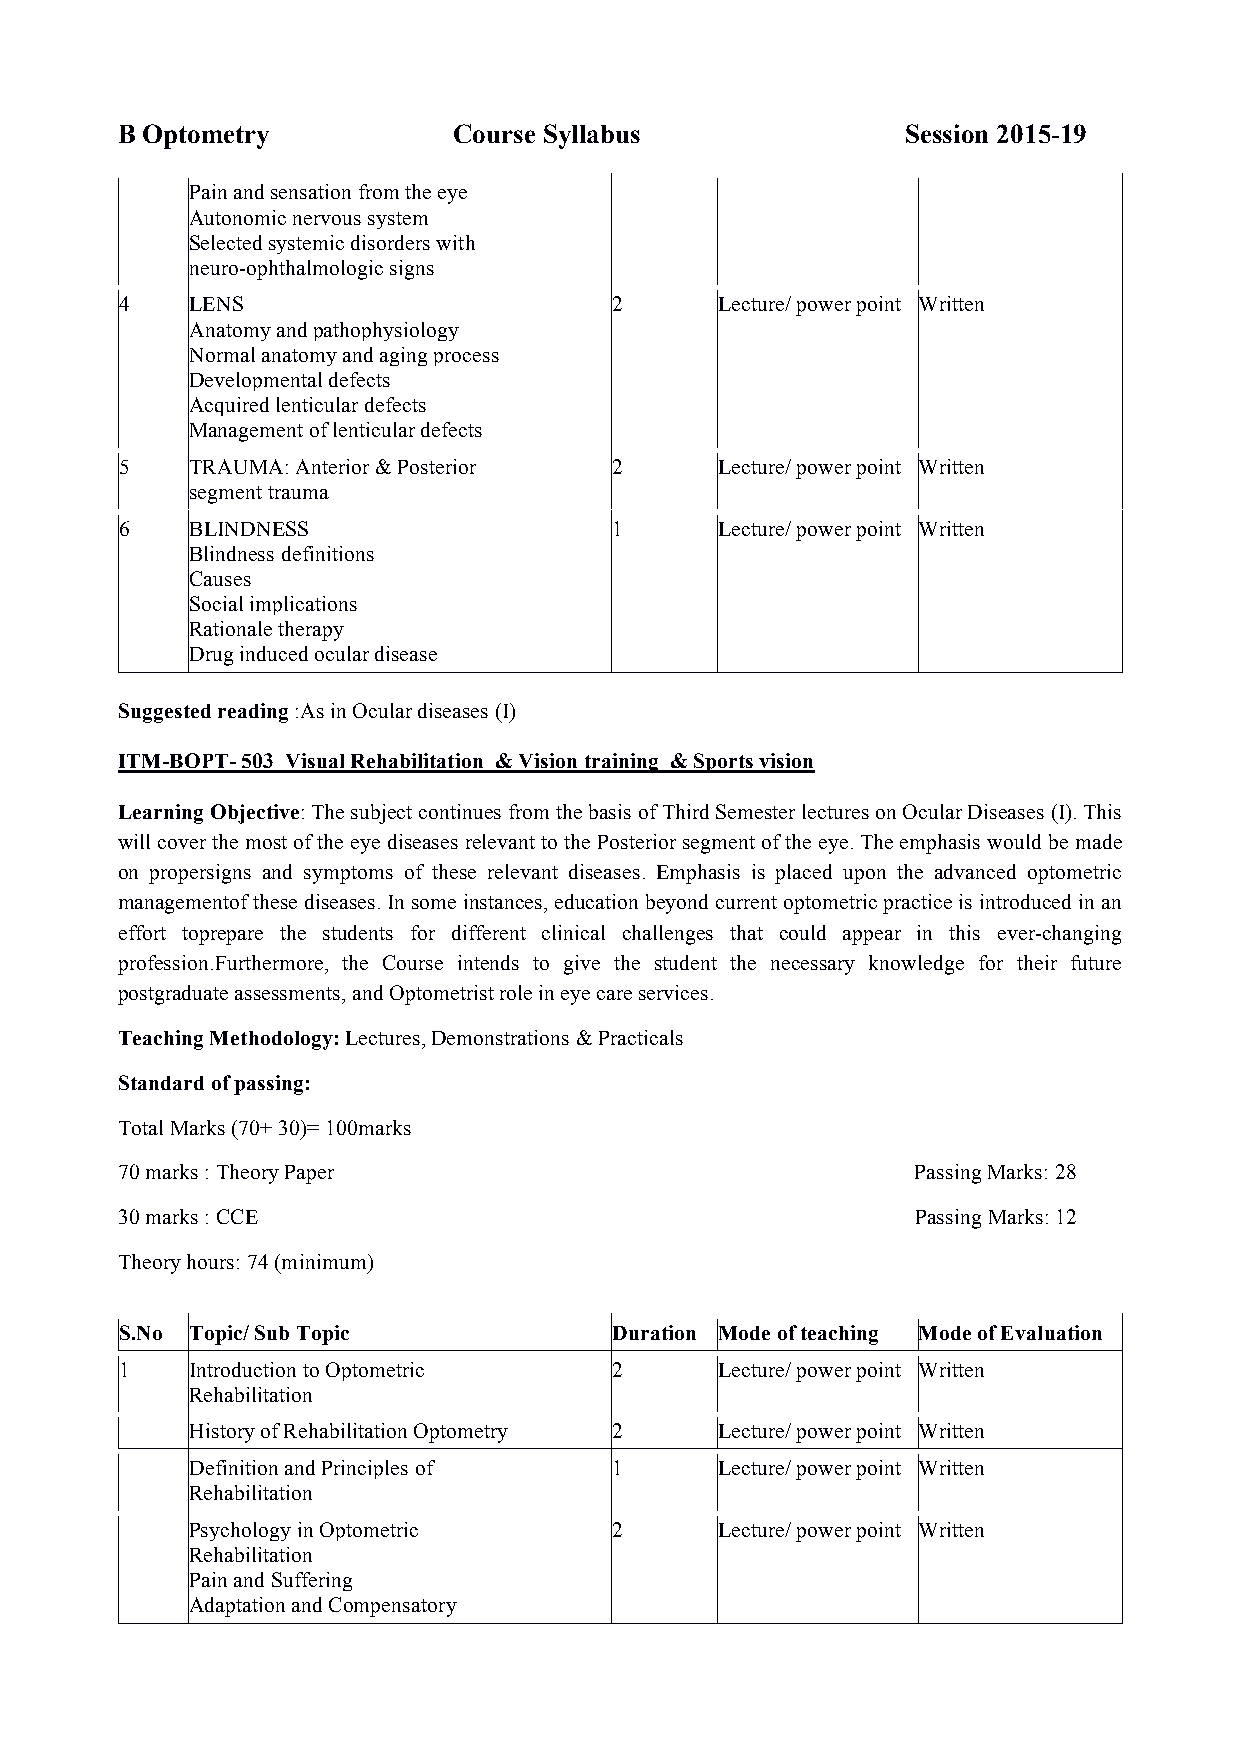
B Optometry           Course Syllabus               Session 2015-19
 Pain and sensation from the eye
 Autonomic nervous system
 Selected systemic disorders with
 neuro-ophthalmologic signs
 4    LENS                        2      Lecture/ power point Written
 Anatomy and pathophysiology
 Normal anatomy and aging process
 Developmental defects
 Acquired lenticular defects
 Management of lenticular defects
 5    TRAUMA: Anterior & Posterior 2     Lecture/ power point Written
 segment trauma
 6    BLINDNESS                   1      Lecture/ power point Written
 Blindness definitions
 Causes
 Social implications
 Rationale therapy
 Drug induced ocular disease
 Suggested reading :As in Ocular diseases (I)
 ITM-BOPT- 503 Visual Rehabilitation & Vision training & Sports vision
 Learning Objective: The subject continues from the basis of Third Semester lectures on Ocular Diseases (I). This
 will cover the most of the eye diseases relevant to the Posterior segment of the eye. The emphasis would be made
 on propersigns and symptoms of these relevant diseases. Emphasis is placed upon the advanced optometric
 managementof these diseases. In some instances, education beyond current optometric practice is introduced in an
 effort toprepare the students for different clinical challenges that could appear in this ever-changing
 profession.Furthermore, the Course intends to give the student the necessary knowledge for their future
 postgraduate assessments, and Optometrist role in eye care services.
 Teaching Methodology: Lectures, Demonstrations & Practicals
 Standard of passing:
 Total Marks (70+ 30)= 100marks
 70 marks : Theory Paper                              Passing Marks: 28
 30 marks : CCE                                       Passing Marks: 12
 Theory hours: 74 (minimum)
 S.No Topic/ Sub Topic            Duration Mode of teaching Mode of Evaluation
 1    Introduction to Optometric  2      Lecture/ power point Written
 Rehabilitation
 History of Rehabilitation Optometry 2 Lecture/ power point Written
 Definition and Principles of 1     Lecture/ power point Written
 Rehabilitation
 Psychology in Optometric    2      Lecture/ power point Written
 Rehabilitation
 Pain and Suffering
 Adaptation and Compensatory